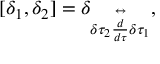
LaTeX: [ \delta _ { 1 } , \delta _ { 2 } ] = \delta _ { \delta \tau _ { 2 } \stackrel { \leftrightarrow } { \frac { d } { d \tau } } \delta \tau _ { 1 } } ,